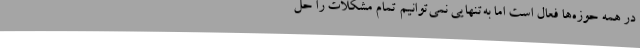
در همه حوزه‌ها فعال است اما به‌تنهایی نمی‌توانیم تمام مشکلات را حل